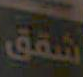
شقق